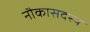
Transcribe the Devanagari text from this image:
नौकासदस्य